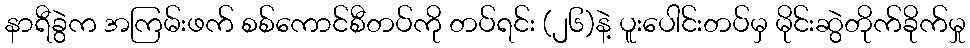
နာရီခွဲက အကြမ်းဖက် စစ်ကောင်စီတပ်ကို တပ်ရင်း (၂၆)နဲ့ ပူးပေါင်းတပ်မှ မိုင်းဆွဲတိုက်ခိုက်မှု